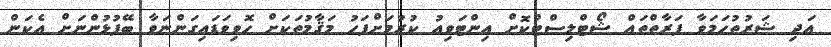
އަދި ޝަރުޠުހަމަވާ ފަރާތްތައް ޝޯޓްލިސްޓްކޮށް އިންޓަވިއު ކުރުމަށްފަހު މަޤާމުތަކަށް ހޮވިވަޑައިގަންނަވާ ބޭފުޅުންނަށް އެކަން